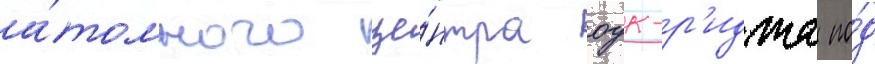
а́томного це́нтра оук-р'иджа по́д